Lock hospitals Punjab
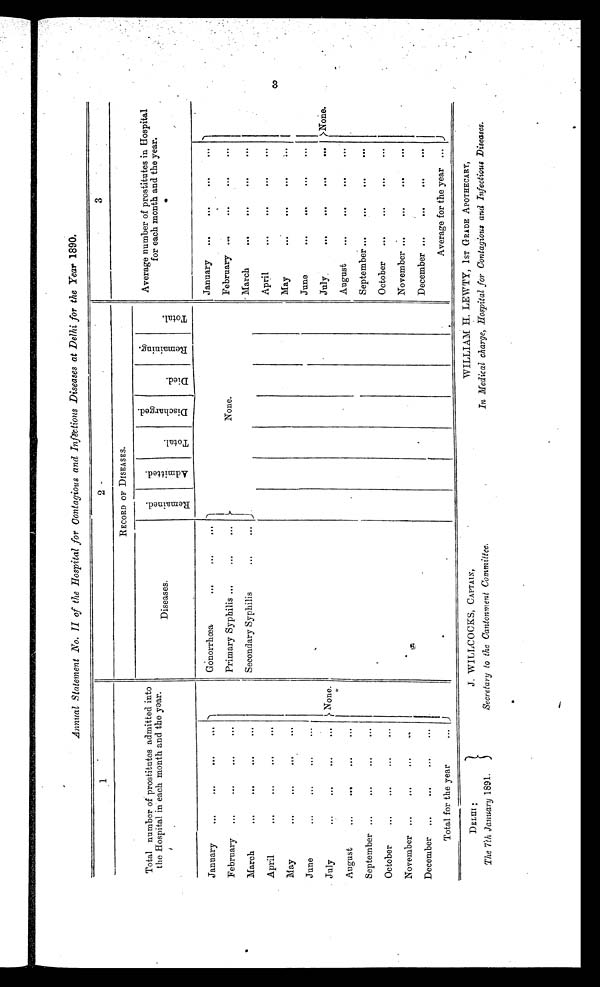
Annual Statement No. II of the Hospital for Contagious and Infectious Diseases at Delhi for the Year 1890.
1
2
3
Total number of prostitutes admitted into
the Hospital in each month and the year.
RECORD OF DISEASES.
Average number of prostitutes in Hospital
for each month and the year.
Diseases.
R e m a i n e d .
A d m i t t e d .
T o t a l .
D i s c h a r g e d .
D i e d .
R e m a i n i n g .
T o t a l .
January
...
...
...
...
Gonorrhœa
...
. . .
. . .
January ...
. . .
. . .
. . .
February ...
. . .
...
...
Primary Syphilis ...
. . .
. . .
None.
February .
. . .
. . .
. . .
March
...
...
. . .
. . .
Secondary Syphilis
. . .
...
March
...
. . .
. . .
April
...
...
...
...
April
. . .
. . .
. . .
. . .
M ay
...
...
. . .
...
May
. . .
. . .
. . .
. . .
June
...
. . .
. . .
...
June
. . .
. . . .
. . .
...
July
...
...
...
...
None
July.
...
...
. . .
...
None.
August
...
...
. . .
...
August
...
. . .
. . .
. . .
.
J
September ...
...
...
. . .
September ...
. . .
. . .
. . .
October
...
. . .
...
...
October
..,
. . .
. . .
. . .
November ...
. . .
. . .
. .
November ...
. . .
. . .
. . .
December ...
. . . ...
...
December ...
. . .
. . .
. . .
Total for the year
...
Average for the year ...
3
DELHI:
The 7th January 1891.
J. WILLCOCKS, CAPTAIN,
Secretary to the Cantonment Committee.
WILLIAM H. LEWTY, 1ST GRADE APOTHECARY,
In Medical charge, Hospital for Contagious and Infectious Diseases.